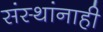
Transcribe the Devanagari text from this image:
संस्थांनाही